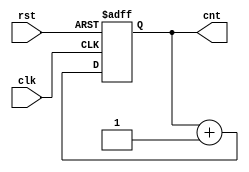
`timescale 1ns / 1ps

module counter8(clk, rst, cnt);

input clk, rst;
output reg [7:0] cnt;

always @(posedge clk or posedge rst) begin
    if(rst) begin
        cnt <= 8'b0000_0000;
     end
     else cnt <= cnt +1;
end
     
endmodule